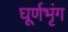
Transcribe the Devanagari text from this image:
घूर्णभृंग